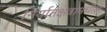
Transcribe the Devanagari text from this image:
निर्यातक्षेत्रामधील